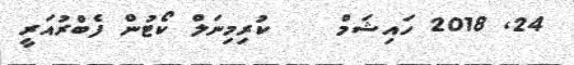
24